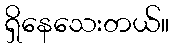
ရှိနေသေးတယ်။